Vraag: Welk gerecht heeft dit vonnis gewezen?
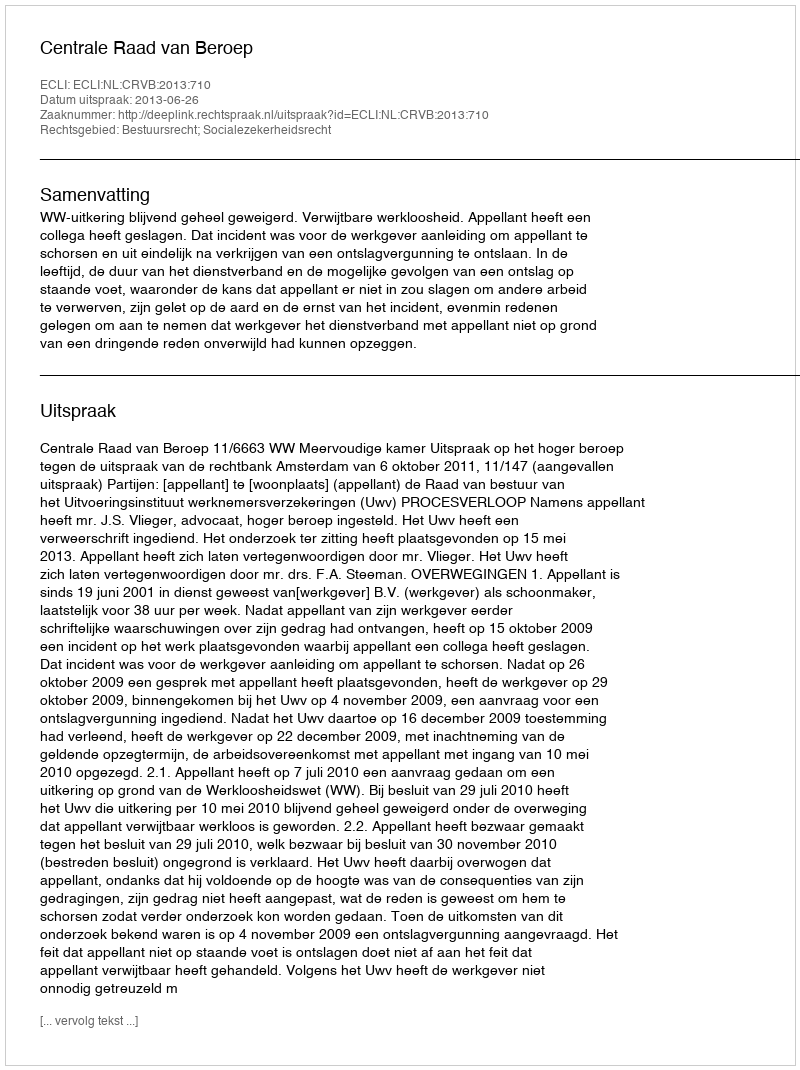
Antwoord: Centrale Raad van Beroep